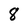
Character: 8